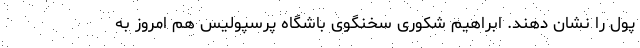
پول را نشان دهند. ابراهیم شکوری سخنگوی باشگاه پرسپولیس هم امروز به